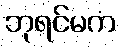
ဘုရင်မက